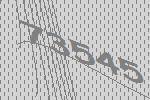
73545